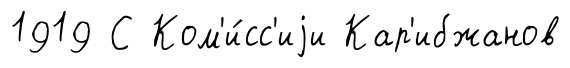
1919 С Ком'и́сс'иjи Кар'ибжанов